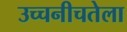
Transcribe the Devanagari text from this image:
उच्चनीचतेला